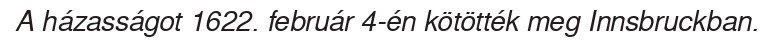
A házasságot 1622. február 4-én kötötték meg Innsbruckban.